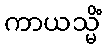
ကာယသ္မိံ